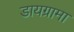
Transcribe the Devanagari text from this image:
डायग्रामा